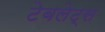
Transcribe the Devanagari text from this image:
टेबलेट्स